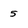
Character: 5